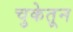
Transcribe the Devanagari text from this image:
चुकेतून